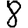
Digit: 8